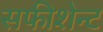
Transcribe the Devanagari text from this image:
सफीशेन्ट